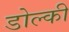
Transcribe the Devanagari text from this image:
डोल्की